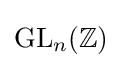
\mathrm {GL} _{n}(\mathbb {Z} )